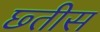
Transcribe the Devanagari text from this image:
छ्तीस